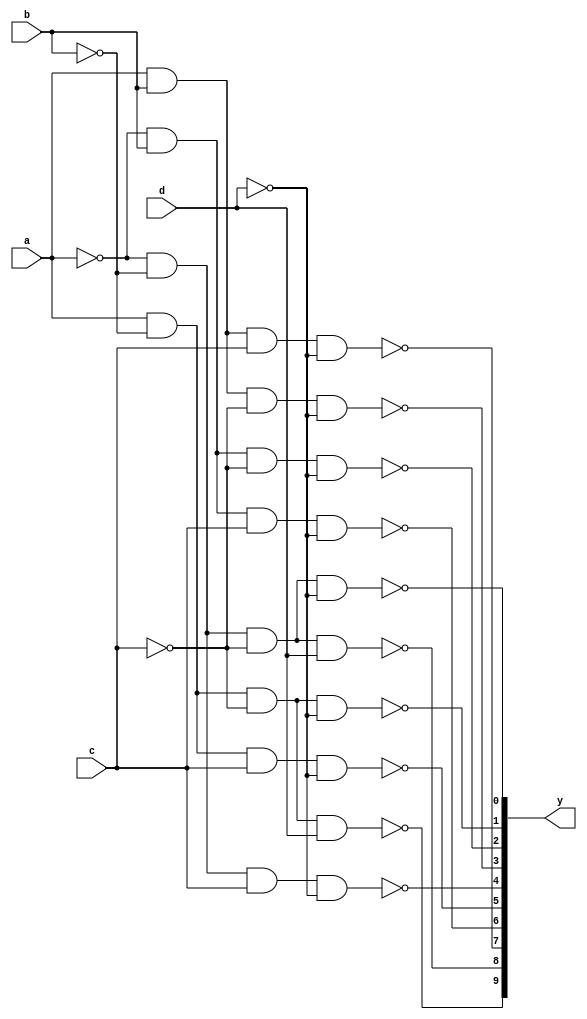
// This code is part of the model collection of simulatable TTL devices.
// Note this does not necessarily mean they are synthesizable!!!
//
// Copyright (C) 2022  Holger Veit (hveit01@web.de)
//
//    This program is free software; you can redistribute it and/or modify
//    it under the terms of the GNU General Public License as published by
//    the Free Software Foundation; either version 3 of the License, or (at
//    your option) any later version.
//
//    This program is distributed in the hope that it will be useful, but
//    WITHOUT ANY WARRANTY; without even the implied warranty of
//    MERCHANTABILITY or FITNESS FOR A PARTICULAR PURPOSE. See the GNU
//    General Public License for more details.
//
//    You should have received a copy of the GNU General Public License
//    along with this program; if not, see <http://www.gnu.org/licenses/>.
//
//
// BCD-DECIMAL decoder
module sn74ls445(y, a, b, c, d);
input a, b, c, d;
output [9:0] y;
wire a_, b_, c_, d_, aa, bb, cc, dd;
wire y0, y1, y2, y3, y4, y5, y6, y7, y8, y9;
parameter
	// TI TTL data book Vol 1, 1985
	tPLH=50,	// basic delay
	tPHL=50;

	not (a_,a);
	not (b_,b);
	not (c_,c);
	not (d_,d);
	not (aa,a_);
	not (bb,b_);
	not (cc,c_);
	not (dd,d_);
	nand (y0, a_, b_, c_, d_);
	nand (y1, aa, b_, c_, d_);
	nand (y2, a_, bb, c_, d_);
	nand (y3, aa, bb, c_, d_);
	nand (y4, a_, b_, cc, d_);
	nand (y5, aa, b_, cc, d_);
	nand (y6, a_, bb, cc, d_);
	nand (y7, aa, bb, cc, d_);
	nand (y8, a_, b_, c_, dd);
	nand (y9, aa, b_, c_, dd);
	assign #(tPLH, tPLH)
		y = { y9, y8, y7, y6, y5, y4, y3, y2, y1, y0 };
endmodule